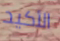
الأكيد